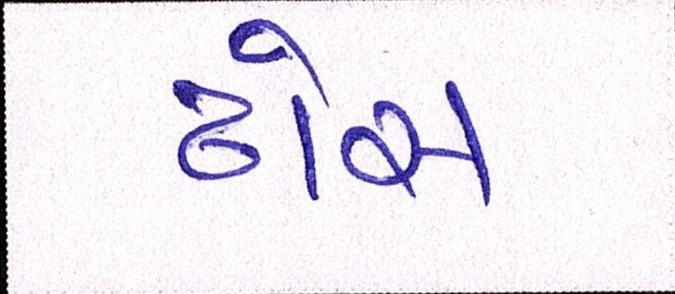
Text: ઢોસ